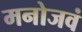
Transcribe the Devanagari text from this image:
मनोजवं